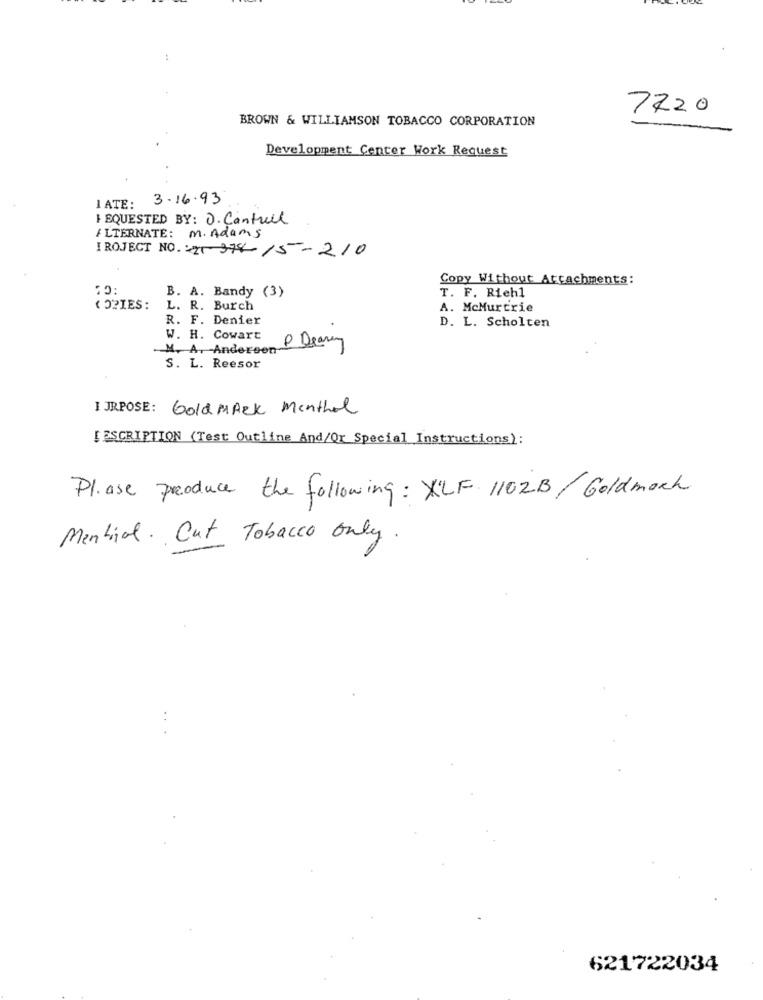
7720
BROWN & WILLIAMSON TOBACCO CORPORATION
Development Center Work Request
3.16.93
I ATE:
: EQUESTED BY: O. Cantal
ALTERNATE: m. Adams
I ROJECT NO. : 21- 374-15-210
Copy Without Attachments:
B. A. Bandy (3)
T. F. Riehl
COPIES :
L. R. Burch
A. McMurtrie
R. F. Denier
D. L. Scholten
W. H. Cowart
. M. A. Andersen
S. L. Reesor
I JRPOSE: Gold MARK Menthol
DESCRIPTION (Test Outline And/Or Special Instructions):
Please produce the following: XLF 1102B/Goldmark
Mentrial. Cut Tobacco only.
..
621722034